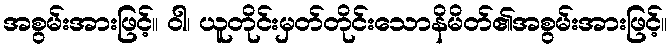
အစွမ်းအားဖြင့်။ ဝါ၊ ယူတိုင်းမှတ်တိုင်းသောနိမိတ်၏အစွမ်းအားဖြင့်။